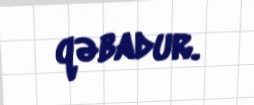
qəbadur.